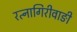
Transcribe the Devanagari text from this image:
रत्‍नागिरीवाङी